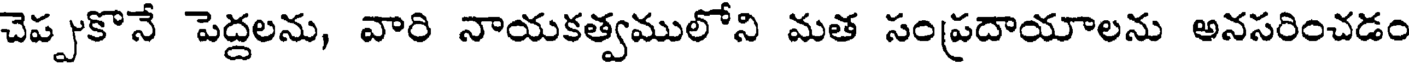
చెప్పుకొనే పెద్దలను, వారి నాయకత్వములోని మత సంప్రదాయాలను అనసరించడం